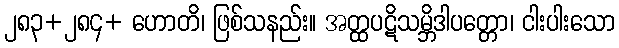
၂၈၃+၂၈၄+ ဟောတိ၊ ဖြစ်သနည်း။ အတ္ထပဋိသမ္ဘိဒါပတ္တော၊ ငါးပါးသော